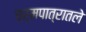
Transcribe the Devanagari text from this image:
चर्मपात्रातले